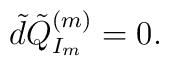
\tilde{d}\tilde{Q}^{(m)}_{I_m}=0.